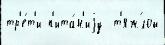
тр'е́т'и п'ита́н'иjу  т'яж́лой